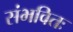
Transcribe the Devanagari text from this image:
संभवितः